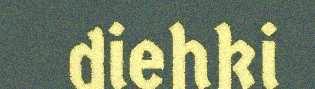
diehki